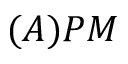
( A ) P M